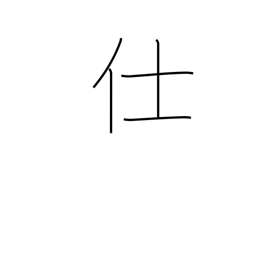
Meaning: attend